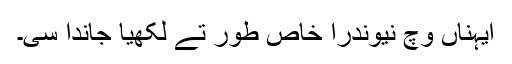
ایہناں وچ نیوندرا خاص طور تے لکھیا جاندا سی۔